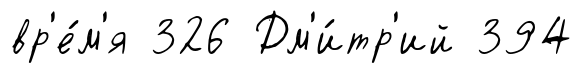
вр'е́м'я 326 Дм'и́тр'ий 394